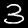
Label: 3